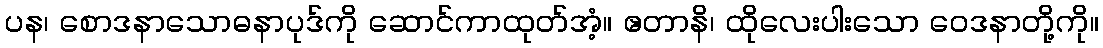
ပန၊ စောဒနာသောဓနာပုဒ်ကို ဆောင်ကာထုတ်အံ့။ ဧတာနိ၊ ထိုလေးပါးသော ဝေဒနာတို့ကို။